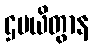
ဌပယိတွာန